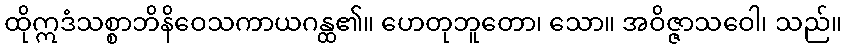
ထိုဣဒံသစ္စာဘိနိဝေသကာယဂန္ထ၏။ ဟေတုဘူတော၊ သော။ အဝိဇ္ဇာသဝေါ၊ သည်။